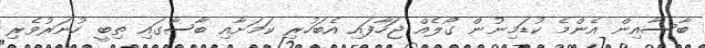
ބާސާއިން އެންމެ ކުޑަމިނުން ގޯލެއް ޖަހާފައި އެބަހުރި ކަމަށާއި ބާސާގައި ތިބީ ހުނަރުވެރި